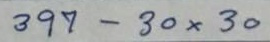
397 - 30x30